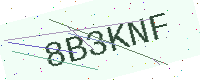
Text: 8B3KNF